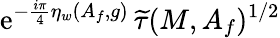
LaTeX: \mathrm{e}^{-\frac{{i\pi}}{{4}}\eta_{w}(A_{f},g)}\, \widetilde{{\tau}}(M,A_{f})^{1/2}